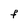
Character: F